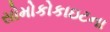
સોમોકોકાઇટના